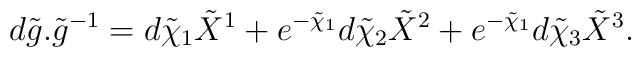
d\tilde{g}.{\tilde{g}}^{-1} = d\tilde{\chi}_1 \tilde{X}^1 + e^{-\tilde{\chi}_1}d\tilde{\chi}_2\tilde{X}^2 + e^{-\tilde{\chi}_1}d\tilde{\chi}_3\tilde{X}^3.